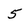
Character: 5